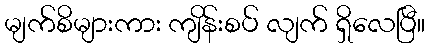
မျက်စိများကား ကျိန်းစပ် လျက် ရှိလေပြီ။